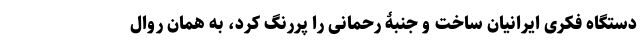
دستگاه فکری ایرانیان ساخت و جنبۀ رحمانی را پررنگ کرد، به همان روال